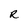
Character: R